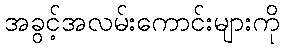
အခွင့်အလမ်းကောင်းများကို